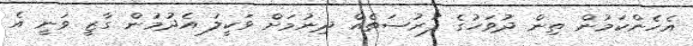
އެހެންކަމުން ތިން ދުވަހުގެ ފުރުސަތެއް ދިނުމަށް ވަކީލު އެދުމުން ގާޒީ ވަނީ އެ